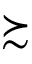
\succsim